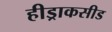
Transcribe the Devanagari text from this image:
हीड्राकसीड